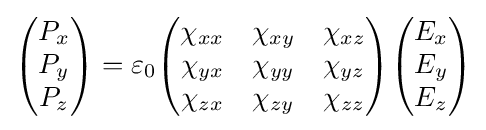
{\begin{pmatrix}P_{x}\\P_{y}\\P_{z}\end{pmatrix}}=\varepsilon _{0}{\begin{pmatrix}\chi _{xx}&\chi _{xy}&\chi _{xz}\\\chi _{yx}&\chi _{yy}&\chi _{yz}\\\chi _{zx}&\chi _{zy}&\chi _{zz}\end{pmatrix}}{\begin{pmatrix}E_{x}\\E_{y}\\E_{z}\end{pmatrix}}